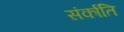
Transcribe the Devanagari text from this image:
संर्काति